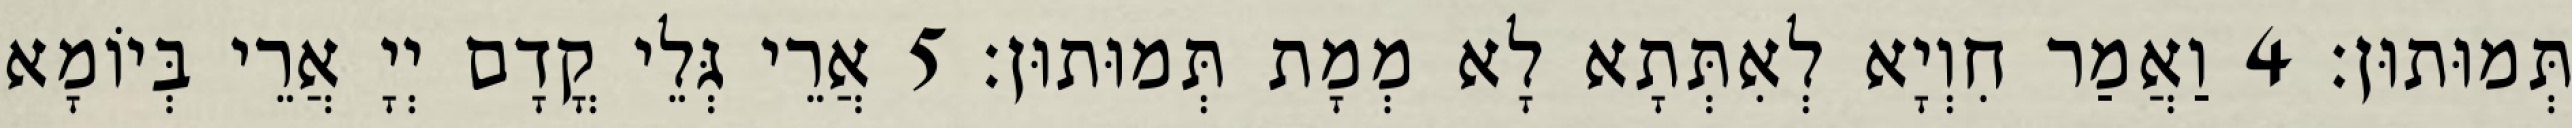
תְּמוּתוּן׃ 4 וַאֲמַר חִוְיָא לְאִתְּתָא לָא מְמָת תְּמוּתוּן׃ 5 אֲרֵי גְּלֵי קֳדָם יְיָ אֲרֵי בְּיוֹמָא